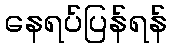
နေရပ်ပြန်ရန်